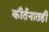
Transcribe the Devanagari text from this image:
कीर्तनातही